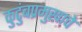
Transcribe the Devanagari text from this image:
कुटुंबप्रमुखाचे